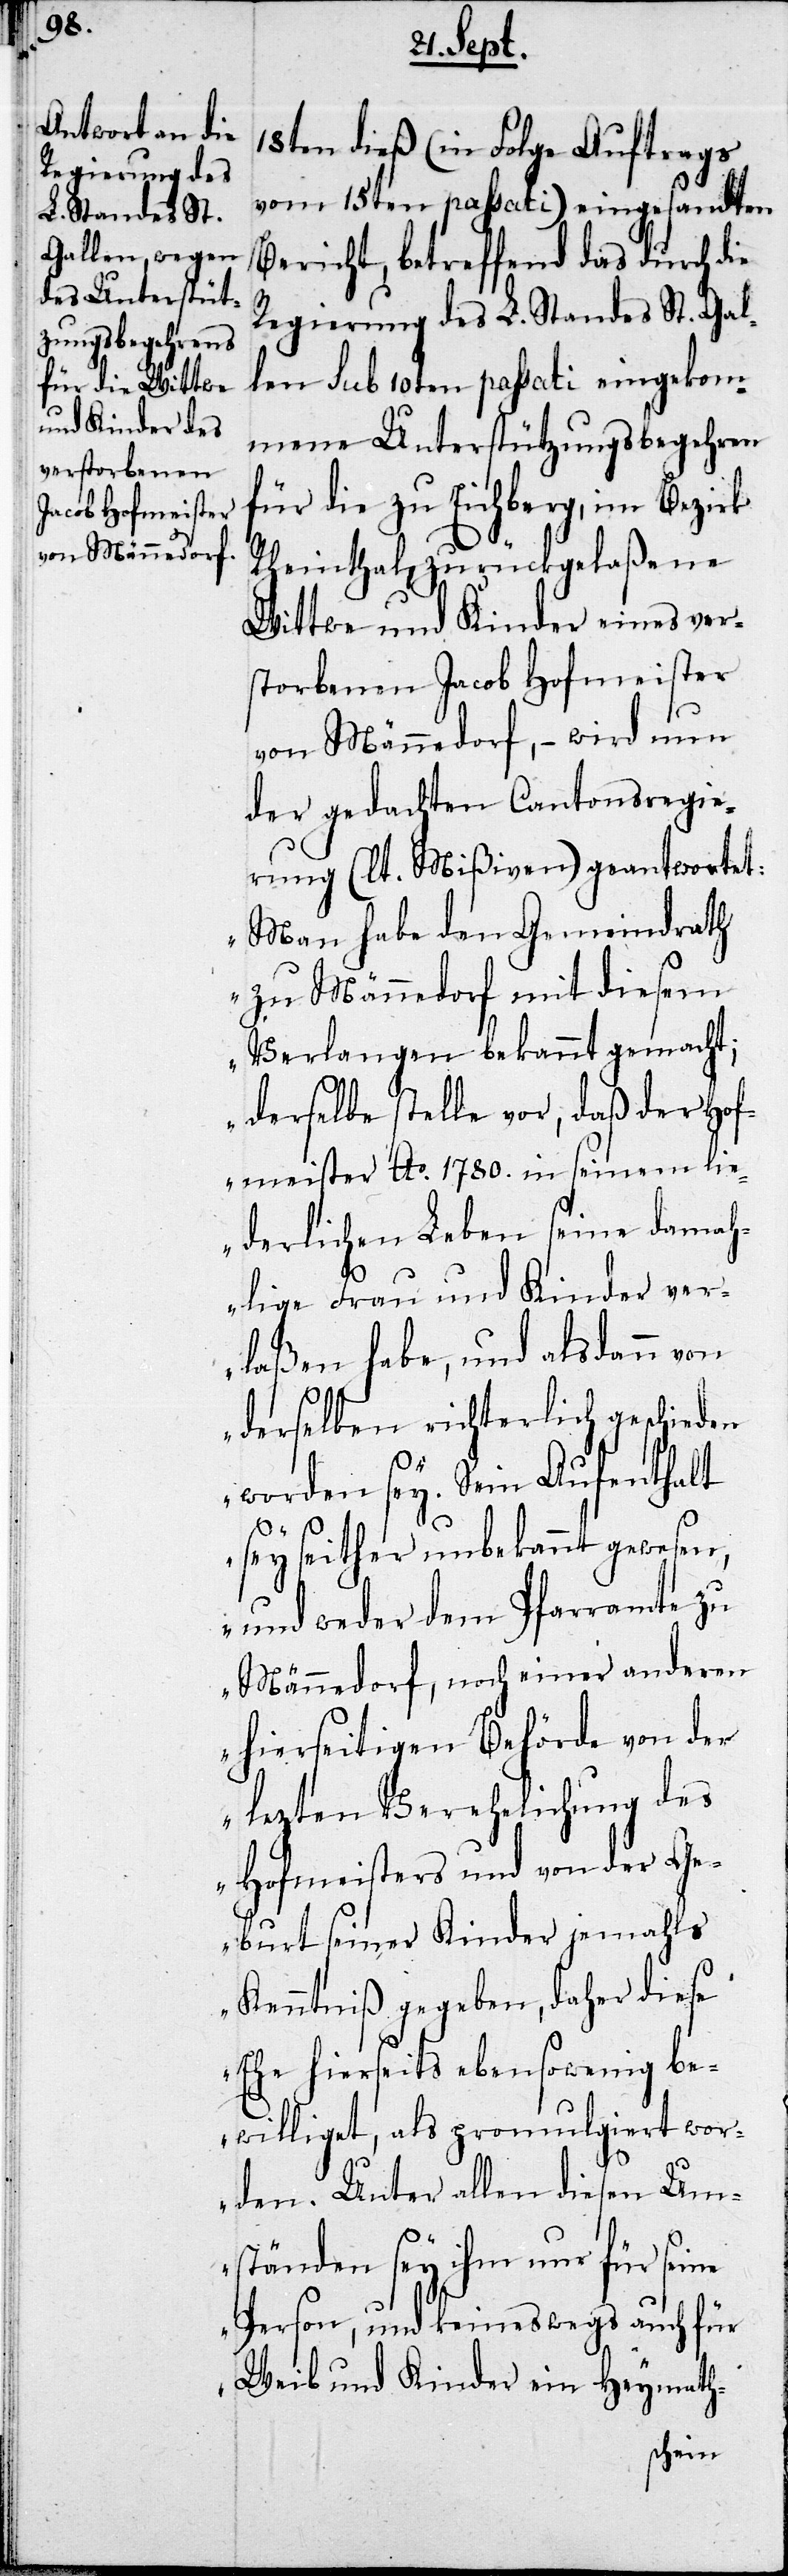
18ten dieß (in Folge Auftrags
vom 15ten paßati) eingesandten
Bericht, betreffend das durch die
Regierung des L: Standes St. Gal¬
len sub 10ten paßati eingekom¬
mene Unterstützungsbegehren
für die zu Eichberg, im Bezirk
Rheinthal, zurückgelaßene
Wittwe und Kinder eines ver¬
storbenen Jacob Hofmeister
von Männedorf, – wird nun
der gedachten Cantonsregie¬
rung (lt. Mißiven) geantwortet:
„Man habe den Gemeindrath
zu Männedorf mit diesem
Verlangen bekannt gemacht;
derselbe stelle vor, daß der Hof¬
meister Ao. 1780. in seinem lie¬
derlichen Leben seine damah¬
lige Frau und Kinder ver¬
laßen habe, und alsdann von
derselben richterlich geschieden
worden sey. Sein Aufenthalt
sey seither unbekannt gewesen,
und weder dem Pfarramte zu
Männedorf, noch einer andern
hierseitigen Behörde von der
lezten Verehelichung des
Hofmeister und von der Ge¬
burt seiner Kinder jemahls
Kenntniß gegeben, daher diese
Ehe hierseits ebenso wenig be¬
williget, als promulgiert wor¬
den. Unter allen diesen Um¬
ständen sey ihm nur für
Person, und keineswegs auch für
Weib und Kinder ein Heymath-